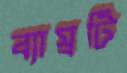
ব্যাঘ্রটি